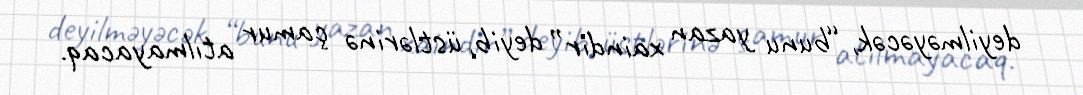
deyilməyəcək, “bunu yazan xaindir” deyib, üstlərinə çamur atılmayacaq.